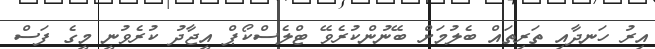
އިރު ހަނދާއި ތަރިތައް ބެލުމަށް ބޭނުންކުރެވޭ ޓްލެސްކޯޕް އީޖާދު ކުރެވުނީ މީގެ ފަސް